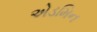
એડમિન